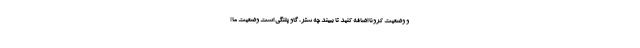
و وضعیت کرونا اضافه کنید تا ببیند چه شتر، گاو پلنگی است وضعیت ما !